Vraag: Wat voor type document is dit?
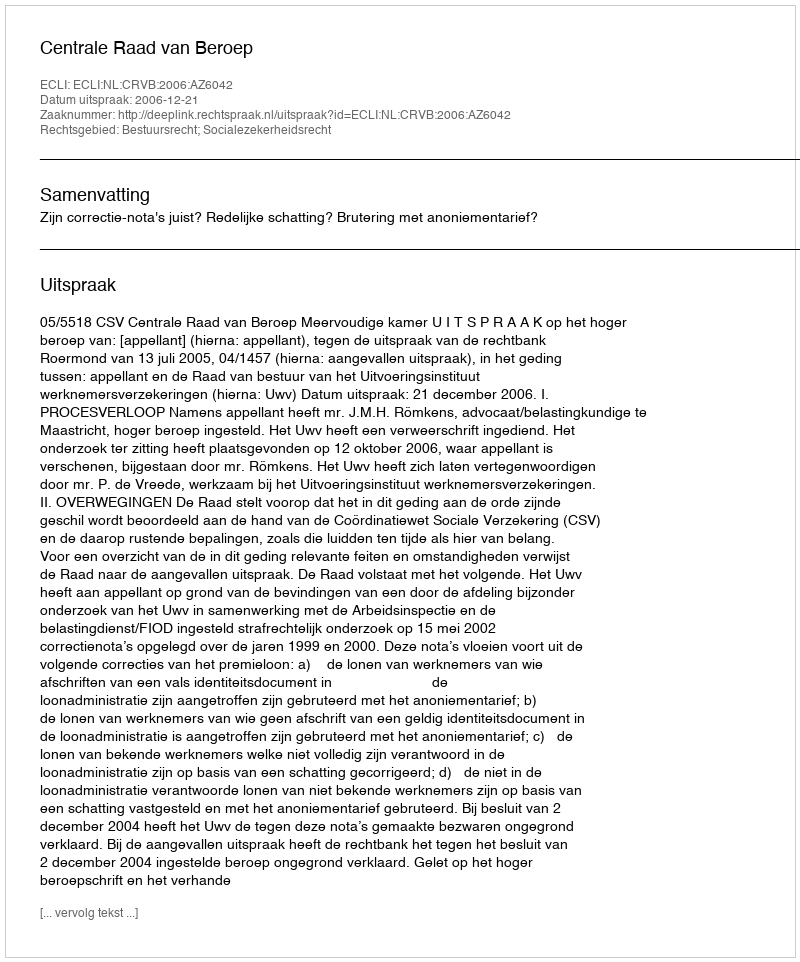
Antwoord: Uitspraak